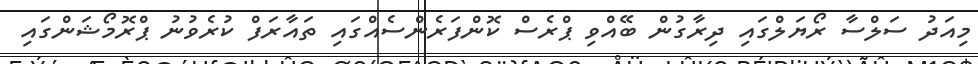
މިއަދު ސަލްސާ ރޯޔަލްގައި ދިރާގުން ބޭއްވި ޕްރެސް ކޮންފަރެންސެއްގައި ތައާރަފް ކުރެވުނު ޕްރޮމޯޝަންގައި